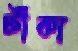
টাঁকা